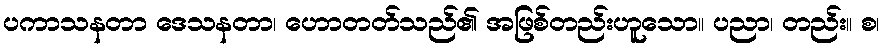
ပကာသနတာ ဒေသနတာ၊ ဟောတတ်သည်၏ အဖြစ်တည်းဟူသော။ ပညာ၊ တည်း။ စ၊